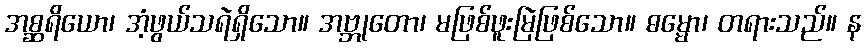
အစ္ဆရိယော၊ အံ့ဖွယ်သရဲရှိသော။ အဗ္ဘုတော၊ မဖြစ်ဖူးမြဲဖြစ်သော။ ဓမ္မော၊ တရားသည်။ န